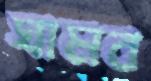
ঘামব